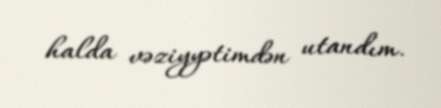
halda vəziyyətimdən utandım.